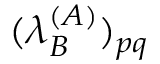
( \lambda _ { B } ^ { ( A ) } ) _ { p q }